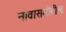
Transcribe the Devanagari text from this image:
नावासमोरील